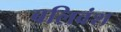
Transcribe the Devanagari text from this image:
बलिवंश